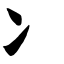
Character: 冫